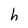
Character: h